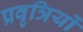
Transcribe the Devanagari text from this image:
प्रवृत्रियों